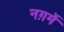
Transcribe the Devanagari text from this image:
नग़में